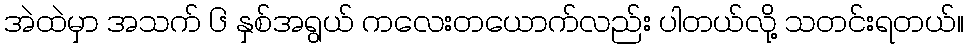
အဲထဲမှာ အသက် ၆ နှစ်အရွယ် ကလေးတယောက်လည်း ပါတယ်လို့ သတင်းရတယ်။